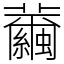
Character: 𦇂